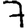
Digit: 7